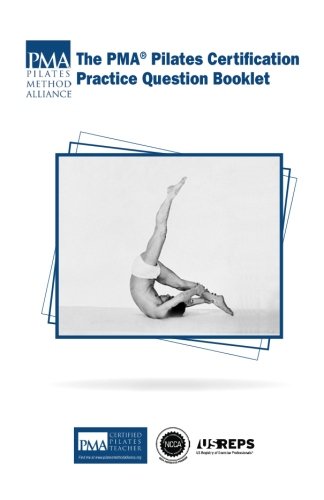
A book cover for The PMA Pilates Certification Practice Question Booklet; Sherri R Betz; Health, Fitness & Dieting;